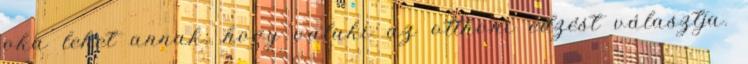
oka lehet annak, hogy valaki az otthoni edzést választja.